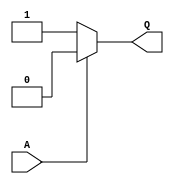
module inv_5 (
    output Q,
    input  A
);
  assign Q = A ? 0 : 1;
endmodule